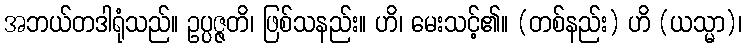
အဘယ်တဒါရုံသည်။ ဥပ္ပဇ္ဇတိ၊ ဖြစ်သနည်း။ ဟိ၊ မေးသင့်၏။ (တစ်နည်း) ဟိ (ယသ္မာ)၊